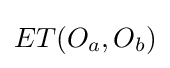
ET(O_{a},O_{b})